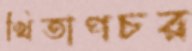
খিতাপচর